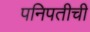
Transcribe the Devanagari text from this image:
पनिपतीची